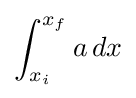
\int _{x_{i}}^{x_{f}}a\,dx